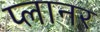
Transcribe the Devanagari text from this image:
प्‍लानर